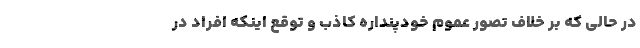
در حالی که بر خلاف تصور عموم خودپنداره کاذب و توقع اینکه افراد در